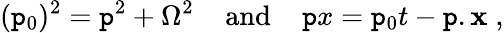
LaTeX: (\mathtt{p}_{0})^{2}={\mathbf{\mathtt{p}}}^{2}+\Omega^{2}\; \; \; \; \mathrm{{and}}\; \; \; \; \mathtt{p}x=\mathtt{p}_{0}t-{\mathbf{\mathtt{p}}}.{\mathbf{x}}\; ,